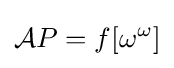
{\mathcal {A}}P=f[\omega ^{\omega }]